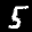
Label: 5